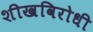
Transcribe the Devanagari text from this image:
शीखविरोधी